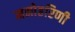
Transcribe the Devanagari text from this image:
मनोहरिणी